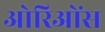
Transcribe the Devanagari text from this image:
ओरिओंस